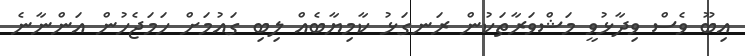
އިބޫ ވެސް ވިދާޅުވީ މަޝްވަރާތަކުން ރަނގަޅު ކާމިޔާބެއް ލިބި ގައުމަށް ހަމަޖެހުން އަންނާނެ